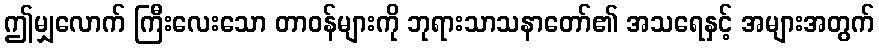
ဤမျှလောက် ကြီးလေးသော တာဝန်များကို ဘုရားသာသနာတော်၏ အသရေနှင့် အများအတွက်